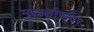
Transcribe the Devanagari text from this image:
मुखशीर्षावर